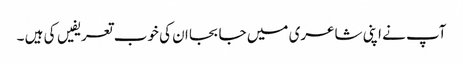
آپ نے اپنی شاعری میں جا بجا ان کی خوب تعریفیں کی ہیں ۔